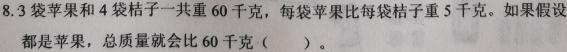
8.3袋苹果和4袋桔子一共重60千克，每袋苹果比每袋桔子重5千克。如果假设都是苹果，总质量就会比60千克（  ）。